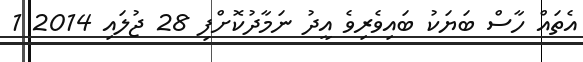
އެތައް ހާސް ބަޔަކު ބައިވެރިވެ އީދު ނަމާދުކޮށްފި 28 ޖުލައި 2014 1